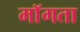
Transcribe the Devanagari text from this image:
माॅगता